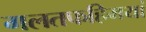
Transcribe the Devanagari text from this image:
गलतफहिमयां